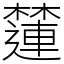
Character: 㰈